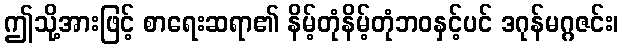
ဤသို့အားဖြင့် စာရေးဆရာ၏ နိမ့်တုံနိမ့်တုံဘဝနှင့်ပင် ဒဂုန်မဂ္ဂဇင်း၊